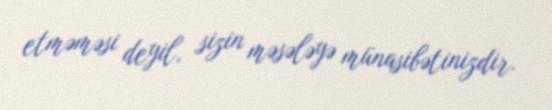
etməməsi deyil, sizin məsələyə münasibətinizdir.